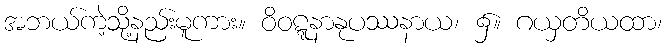
အဘယ်ကဲ့သို့နည်းမူကား။ ဝိဝဋ္ဋနာနုပဿနာယ၊ ၌။ ဂယှတိယထာ၊